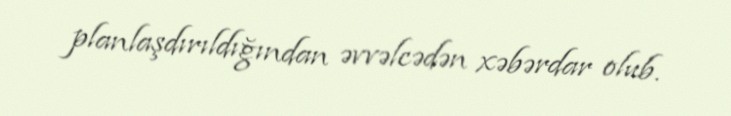
planlaşdırıldığından əvvəlcədən xəbərdar olub.